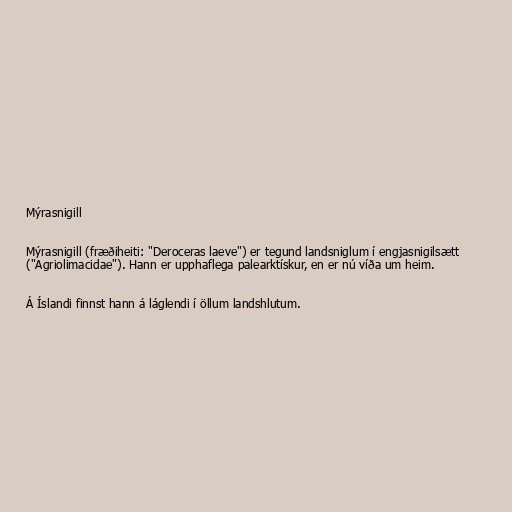
Mýrasnigill

Mýrasnigill (fræðiheiti: "Deroceras laeve") er tegund landsniglum í engjasnigilsætt
("Agriolimacidae"). Hann er upphaflega palearktískur, en er nú víða um heim.

Á Íslandi finnst hann á láglendi í öllum landshlutum.